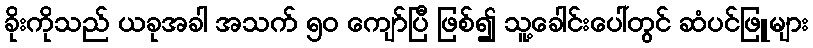
ခိုးကိုသည် ယခုအခါ အသက် ၅၀ ကျော်ပြီ ဖြစ်၍ သူ့ခေါင်းပေါ်တွင် ဆံပင်ဖြူများ